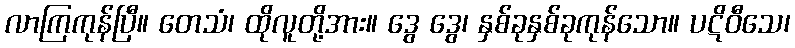
လာကြကုန်ပြီ။ တေသံ၊ ထိုလူတို့အား။ ဒွေ ဒွေ၊ နှစ်ခုနှစ်ခုကုန်သော။ ပဋိဝီသေ၊